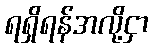
ရရှိရန်အလို့ငှာ